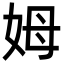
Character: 姆